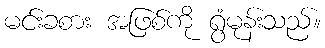
မင်းခစား အဖြစ်ကို ရွံမုန်းသည်။